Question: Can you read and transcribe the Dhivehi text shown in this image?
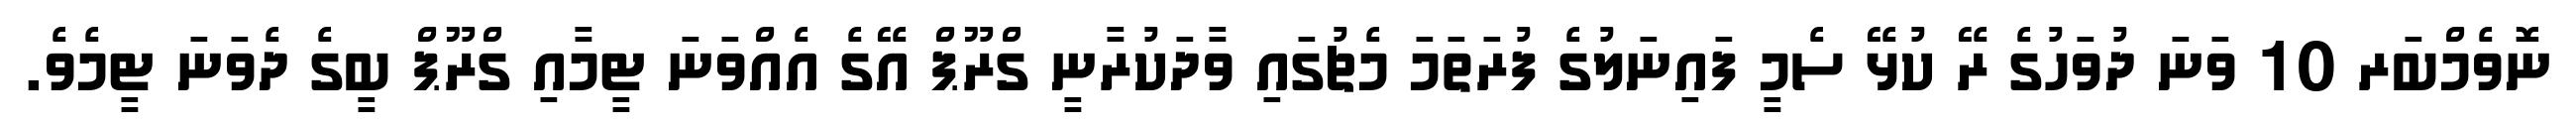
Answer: ނޮވެމްބަރ 10 ވަނަ ދުވަހުގެ ރޭ ކުޅޭ ސެމީ ފައިނަލުގެ ފުރަތަމަ މެޗުގައި ވާދަކުރާނީ ގްރޫޕް އޭގެ އެއްވަނަ ޓީމާއި ގްރޫޕް ބީގެ ދެވަނަ ޓީމެވެ.